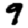
Digit: 9